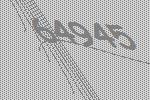
64945